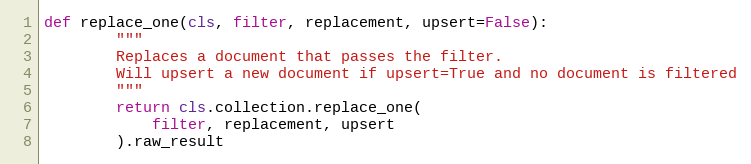
Language: Python
def replace_one(cls, filter, replacement, upsert=False):
        """
        Replaces a document that passes the filter.
        Will upsert a new document if upsert=True and no document is filtered
        """
        return cls.collection.replace_one(
            filter, replacement, upsert
        ).raw_result